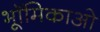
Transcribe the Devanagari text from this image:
भूॉमिकाओ